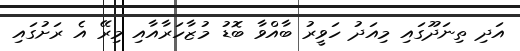
އަދި ތިނަދޫގައި މިއަދު ހަވީރު ބާއްވާ ބޮޑު މުޒާހަރާއާއި މިރޭ އެ ރަށުގައި